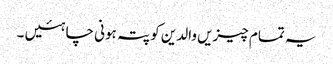
یہ تمام چیزیں والدین کو پتہ ہونی چاہئیں ۔